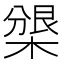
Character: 𣗰